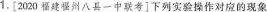
1，[2020福建福州八县一中联考]下列实验操作对应的现象